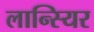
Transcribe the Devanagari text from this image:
लान्स्यिर